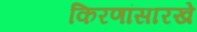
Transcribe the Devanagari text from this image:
किरणांसारखे